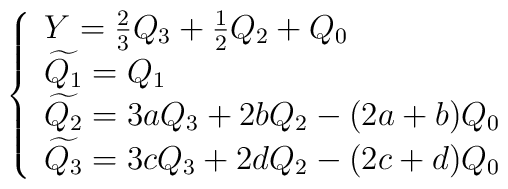
\left \{\begin{array}{l}Y = \frac{2}{3} Q_3 + \frac{1}{2} Q_2 + Q_{0} \\\widetilde{Q_{1}} = Q_{1} \\\widetilde{Q_{2}} = 3 a Q_{3} + 2 b Q_{2} - (2a + b) Q_{0} \\\widetilde{Q_{3}} = 3 c Q_{3} + 2 d Q_{2} - (2c + d) Q_{0}\end{array}\right.